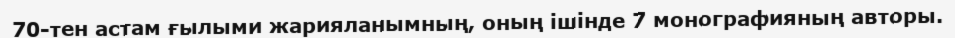
70-тен астам ғылыми жарияланымның, оның ішінде 7 монографияның авторы.